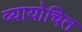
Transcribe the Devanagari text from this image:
व्यायोचित